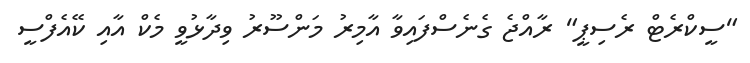
"ސީކްރެޓް ރެސިޕީ" ރާއްޖެ ގެނެސްފައިވާ އާމިރު މަންސޫރު ވިދާޅުވީ މެކް އާއި ކޭއެފްސީ